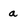
Character: a